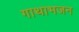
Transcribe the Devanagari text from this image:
गाथाभजन